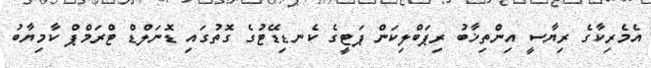
އެމެރިކާގެ ރިޔާސީ އިންތިޚާބު ރިޕަބްލިކަން ޕަޓީގެ ކެނޑިޑޭޓުގެ ގޮތުގައި ޑޮނަލްޑް ޓްރަމްޕް ކާމިޔާބު